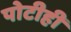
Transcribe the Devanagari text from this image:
पोटीही